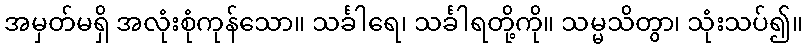
အမှတ်မရှိ အလုံးစုံကုန်သော။ သင်္ခါရေ၊ သင်္ခါရတို့ကို။ သမ္မသိတွာ၊ သုံးသပ်၍။